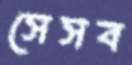
সেসব